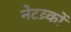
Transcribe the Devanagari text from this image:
नेटव्र्कों